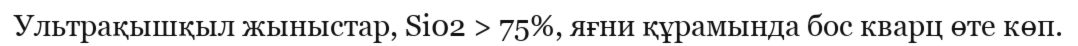
Ультрақышқыл жыныстар, Si02 > 75%, яғни құрамында бос кварц өте көп.